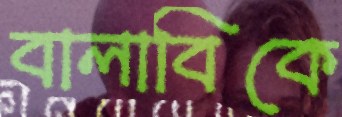
বালাবিকে